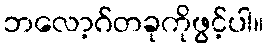
ဘလော့ဂ်တခုကိုဖွင့်ပါ။